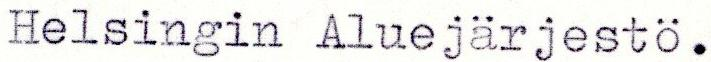
Helsingin Aluejärjestö.